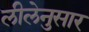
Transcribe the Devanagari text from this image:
लीलेनुसार